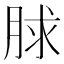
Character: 脙